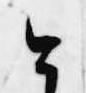
今